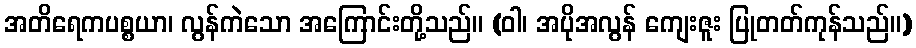
အတိရေကပစ္စယာ၊ လွန်ကဲသော အကြောင်းတို့သည်။ (ဝါ၊ အပိုအလွန် ကျေးဇူး ပြုတတ်ကုန်သည်။)